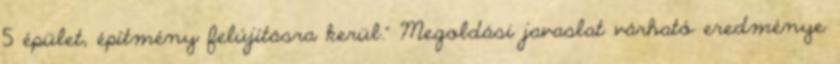
5 épület, építmény felújításra kerül.” Megoldási javaslat várható eredménye